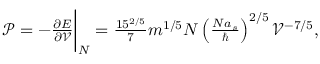
\begin{array} { r } { \mathcal { P } = - \frac { \partial E } { \partial \mathcal { V } } \bigg \vert _ { N } = \frac { 1 5 ^ { 2 / 5 } } { 7 } m ^ { 1 / 5 } N \left( \frac { N a _ { s } } { \hbar } \right) ^ { 2 / 5 } \mathcal { V } ^ { - 7 / 5 } , } \end{array}